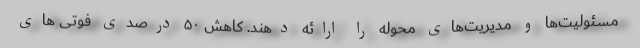
مسئولیت‌ها و مدیریت‌های محوله را ارائه دهند. کاهش ۵۰ درصدی فوتی های